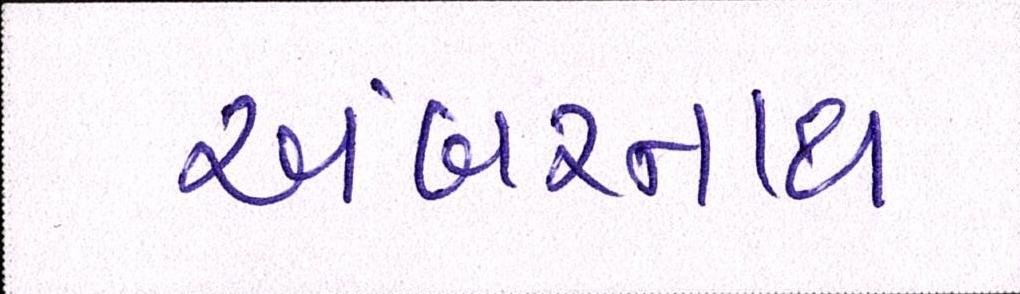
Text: અંબરનાથ